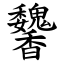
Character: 䭳